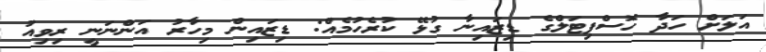
އަލަށް ހަދާ ހޮސްޕިޓަލްގެ ޑިޒައިނާ ގުޅޭ ކުރެހުމެއް: ޑިޒައިން މިހާރު އަންނަނީ ރިވިއު